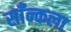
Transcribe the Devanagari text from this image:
साँन्कला